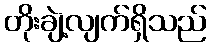
တိုးချဲ့လျက်ရှိသည်